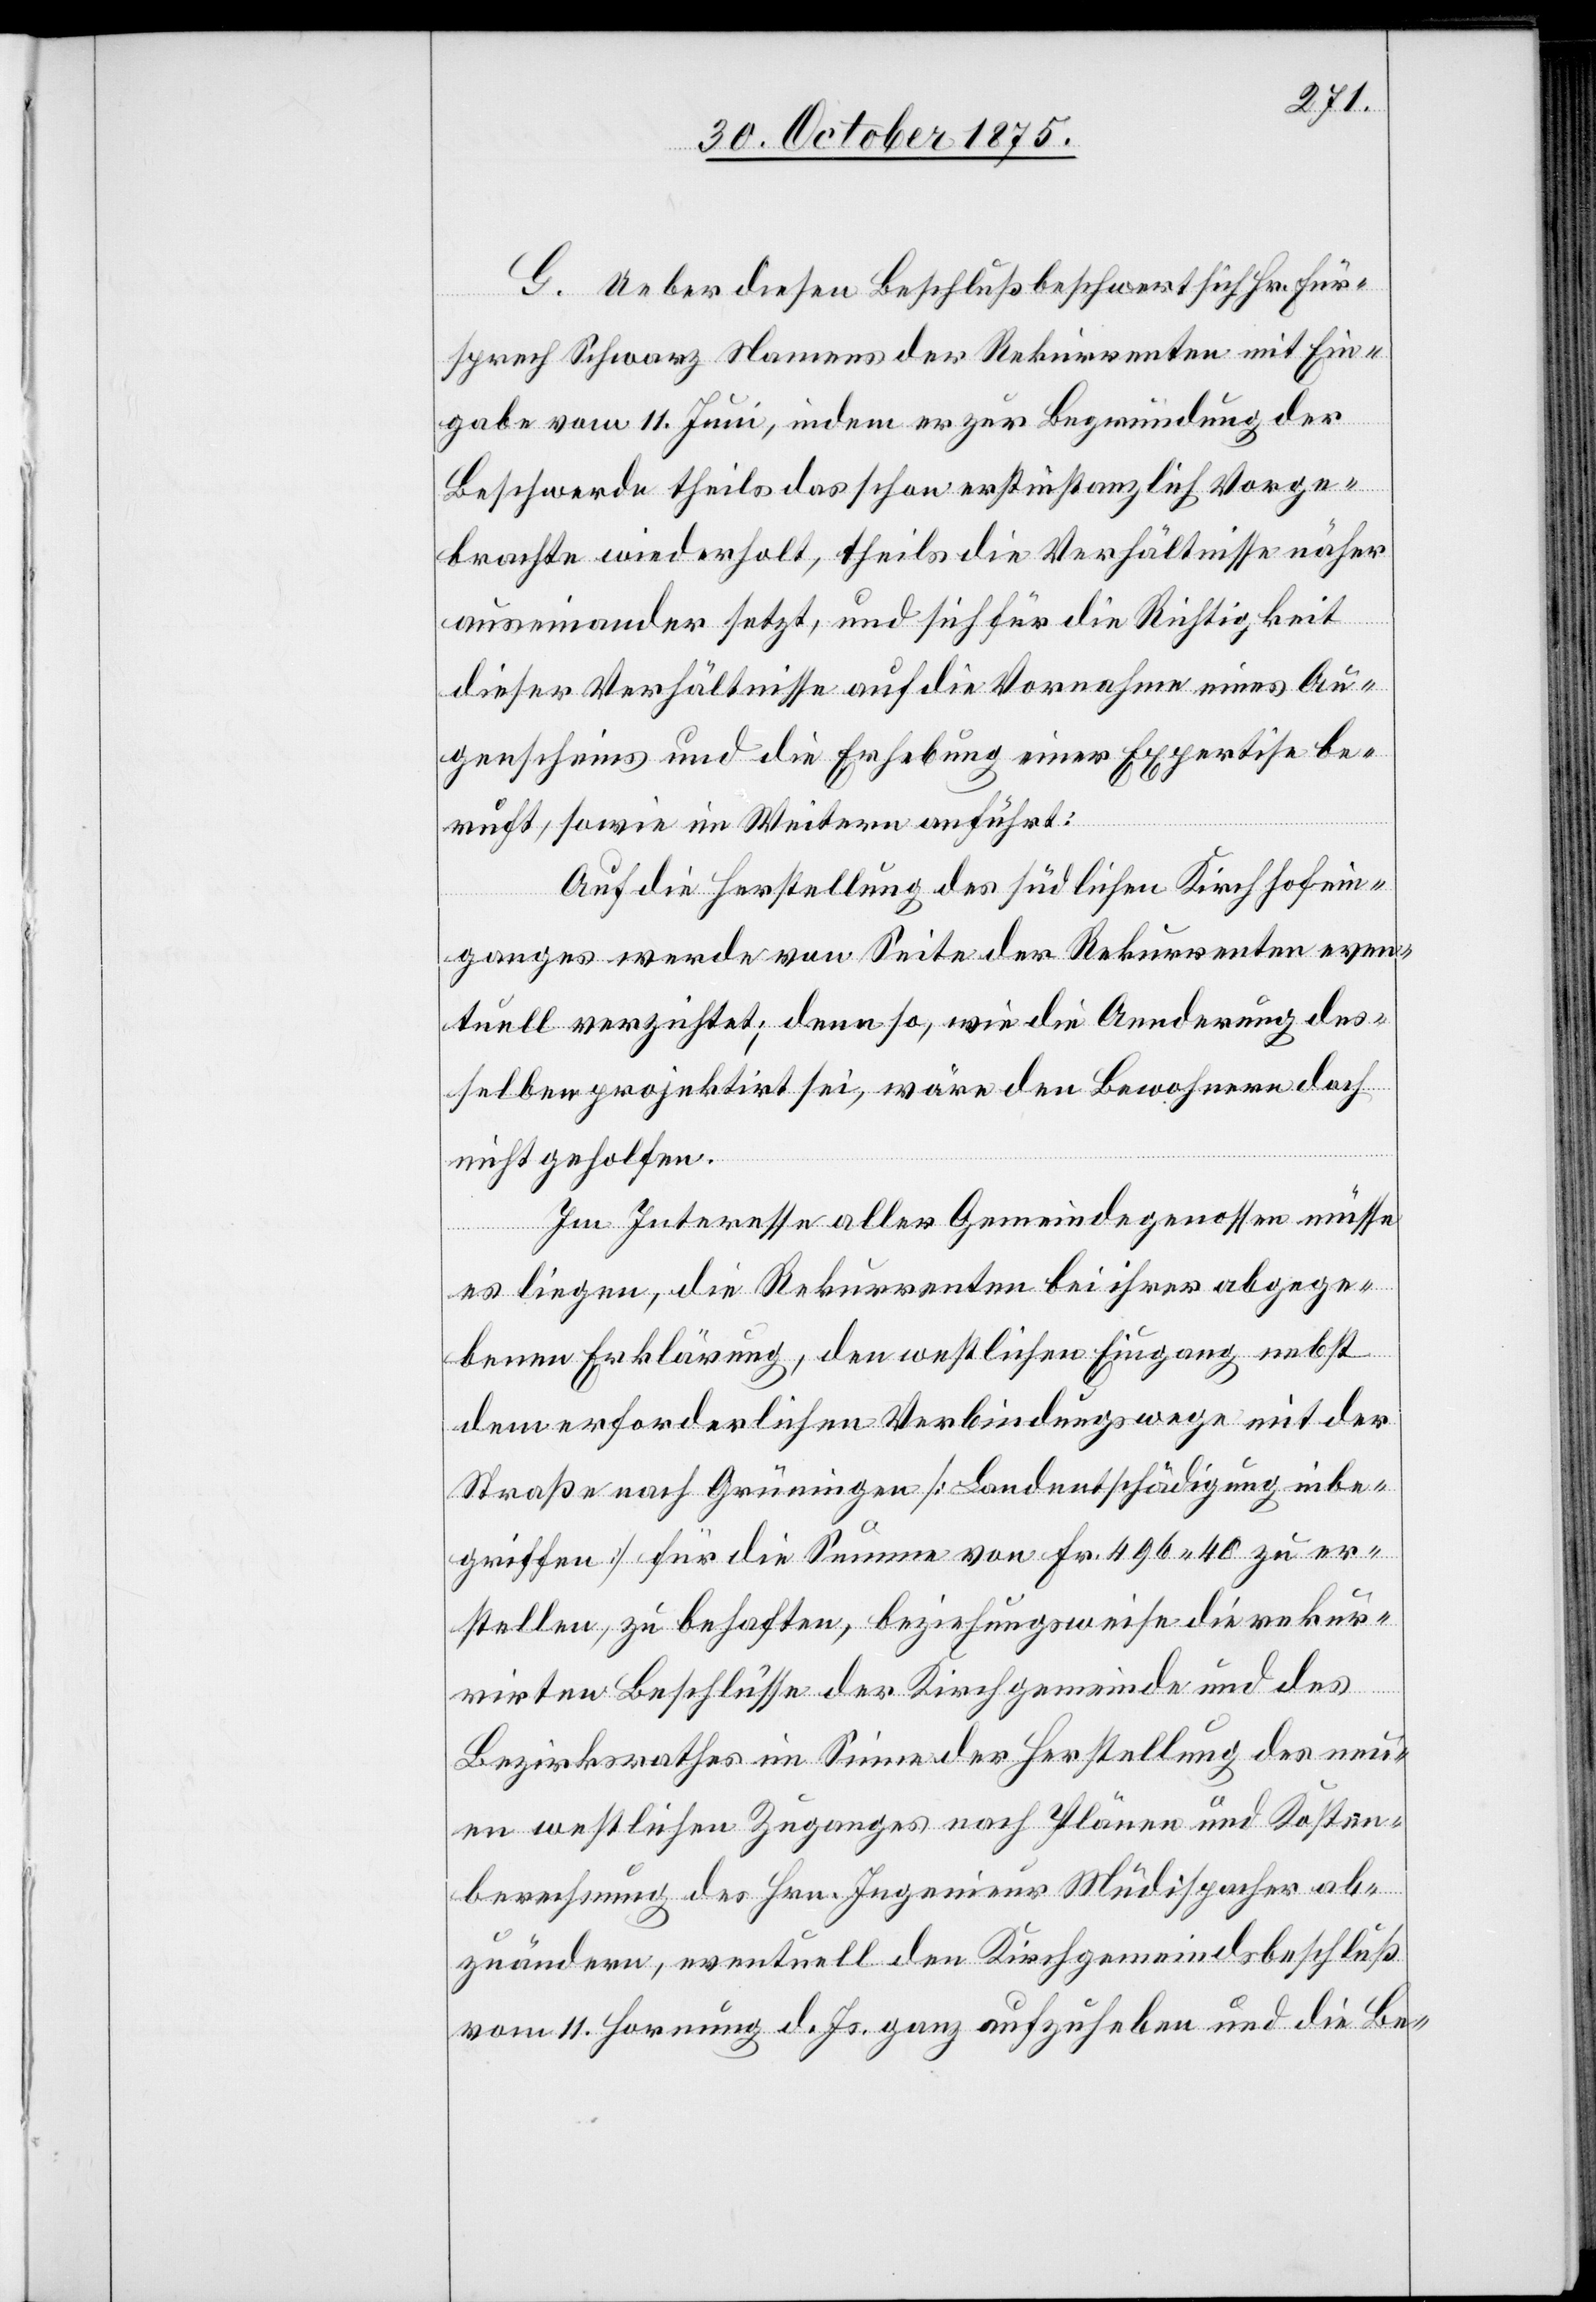
G. Ueber diesen Beschluß beschwert sich Hr. Für¬
sprech Schwarz Namens der Rekurrenten mit Ein¬
gabe vom 11. Juni, indem er zur Begründung der
Beschwerde theils das schon erstinstanzlich Vorge¬
brachte wiederholt, theils die Verhältnisse näher
auseinander setzt, und sich für die Richtigkeit
dieser Verhältnisse auf die Vornahme eines Au¬
genscheins und die Erhebung einer Expertise be¬
ruft, sowie im Weitern anführt:
Auf die Herstellung des südlichen Kirchhofein¬
ganges werde von Seite der Rekurrenten even¬
tuell verzichtet; denn so, wie die Aenderung des¬
selben projektirt sei, wäre den Bewohnern doch
nicht geholfen.
Im Interesse aller Gemeindegenossen müsse
es liegen, die Rekurrenten bei ihrer abgege¬
benen Erklärung, den westlichen Eingang nebst
dem erforderlichen Verbindungswege mit der
Straße nach Grüningen [Landentschädigung inbe¬
griffen] für die Summe von Fr. 496 40 zu er¬
stellen, zu behaften, beziehungsweise die rekur¬
rirten Beschlüsse der Kirchgemeinde und des
Bezirksrathes im Sinne der Herstellung des neu¬
en westlichen Zuganges nach Plänen und Kosten¬
berechnung des Hrn. Ingenieur Müdispacher ab¬
zuändern, eventuell den Kirchgemeindsbeschluß
vom 11. Hornung d. Js. ganz aufzuheben und die Be-